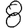
Digit: 8